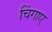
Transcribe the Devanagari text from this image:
चिंगाए